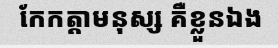
កែកត្តាមនុស្ស គឺខ្លួនឯង